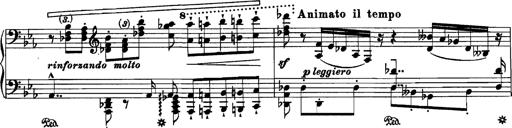
Title: Grandes Etudes
Composer: Franz Liszt